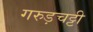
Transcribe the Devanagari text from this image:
गरुड़चट्टी